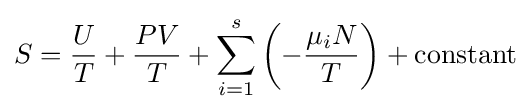
S={\frac {U}{T}}+{\frac {PV}{T}}+\sum _{i=1}^{s}\left(-{\frac {\mu _{i}N}{T}}\right)+{\textrm {constant}}